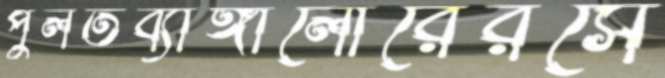
পুলতব্যাঙ্গালোরেরসে